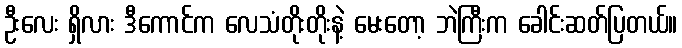
ဦးလေး ရှိလား ဒီကောင်က လေသံတိုးတိုးနဲ့ မေးတော့ ဘဲကြီးက ခေါင်းဆတ်ပြတယ်။